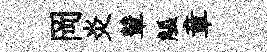
岡炎輦觚章